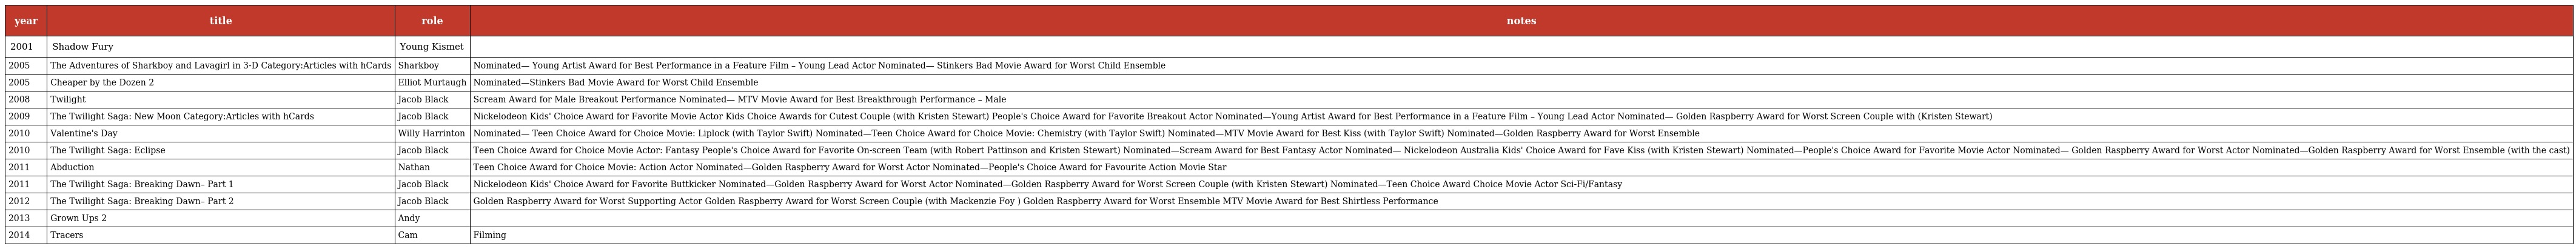
| year | title | role | notes |
 | --- | --- | --- | --- |
 | 2001 | Shadow Fury | Young Kismet |  |
 | 2005 | The Adventures of Sharkboy and Lavagirl in 3-D Category:Articles with hCards | Sharkboy | Nominated— Young Artist Award for Best Performance in a Feature Film – Young Lead Actor Nominated— Stinkers Bad Movie Award for Worst Child Ensemble |
 | 2005 | Cheaper by the Dozen 2 | Elliot Murtaugh | Nominated—Stinkers Bad Movie Award for Worst Child Ensemble |
 | 2008 | Twilight | Jacob Black | Scream Award for Male Breakout Performance Nominated— MTV Movie Award for Best Breakthrough Performance – Male |
 | 2009 | The Twilight Saga: New Moon Category:Articles with hCards | Jacob Black | Nickelodeon Kids' Choice Award for Favorite Movie Actor Kids Choice Awards for Cutest Couple (with Kristen Stewart) People's Choice Award for Favorite Breakout Actor Nominated—Young Artist Award for Best Performance in a Feature Film – Young Lead Actor Nominated— Golden Raspberry Award for Worst Screen Couple with (Kristen Stewart) |
 | 2010 | Valentine's Day | Willy Harrinton | Nominated— Teen Choice Award for Choice Movie: Liplock (with Taylor Swift) Nominated—Teen Choice Award for Choice Movie: Chemistry (with Taylor Swift) Nominated—MTV Movie Award for Best Kiss (with Taylor Swift) Nominated—Golden Raspberry Award for Worst Ensemble |
 | 2010 | The Twilight Saga: Eclipse | Jacob Black | Teen Choice Award for Choice Movie Actor: Fantasy People's Choice Award for Favorite On-screen Team (with Robert Pattinson and Kristen Stewart) Nominated—Scream Award for Best Fantasy Actor Nominated— Nickelodeon Australia Kids' Choice Award for Fave Kiss (with Kristen Stewart) Nominated—People's Choice Award for Favorite Movie Actor Nominated— Golden Raspberry Award for Worst Actor Nominated—Golden Raspberry Award for Worst Ensemble (with the cast) |
 | 2011 | Abduction | Nathan | Teen Choice Award for Choice Movie: Action Actor Nominated—Golden Raspberry Award for Worst Actor Nominated—People's Choice Award for Favourite Action Movie Star |
 | 2011 | The Twilight Saga: Breaking Dawn– Part 1 | Jacob Black | Nickelodeon Kids' Choice Award for Favorite Buttkicker Nominated—Golden Raspberry Award for Worst Actor Nominated—Golden Raspberry Award for Worst Screen Couple (with Kristen Stewart) Nominated—Teen Choice Award Choice Movie Actor Sci-Fi/Fantasy |
 | 2012 | The Twilight Saga: Breaking Dawn– Part 2 | Jacob Black | Golden Raspberry Award for Worst Supporting Actor Golden Raspberry Award for Worst Screen Couple (with Mackenzie Foy ) Golden Raspberry Award for Worst Ensemble MTV Movie Award for Best Shirtless Performance |
 | 2013 | Grown Ups 2 | Andy |  |
 | 2014 | Tracers | Cam | Filming |